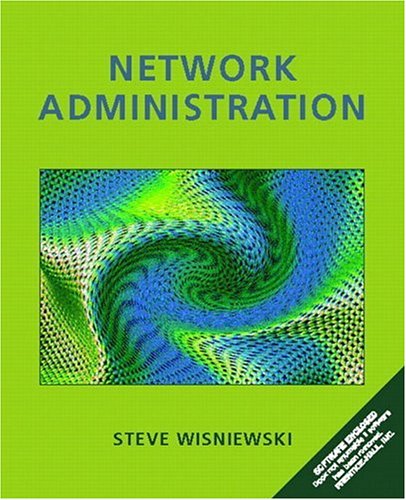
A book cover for Network Administration; Steve Wisniewski; Computers & Technology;